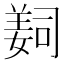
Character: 𦎛